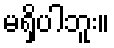
မရှိပါဘူး။